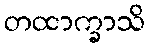
တထာက္ခာသိ